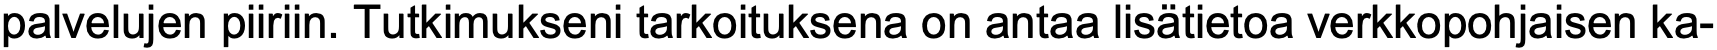
palvelujen piiriin. Tutkimukseni tarkoituksena on antaa lisätietoa verkkopohjaisen ka-